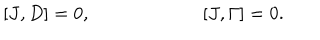
LaTeX: [ J , D ] = 0 , \qquad \qquad \qquad [ J , \Gamma ] = 0 .